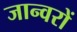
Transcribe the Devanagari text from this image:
जान्वरों